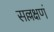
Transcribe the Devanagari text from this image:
सल्लक्षणं